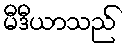
မီဒီယာသည်